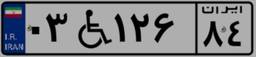
۰۳W۱۲۶۸۴